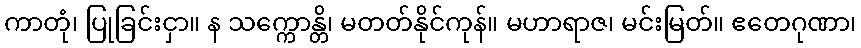
ကာတုံ၊ ပြုခြင်းငှာ။ န သက္ကောန္တိ၊ မတတ်နိုင်ကုန်။ မဟာရာဇ၊ မင်းမြတ်။ ဧတေဂုဏာ၊